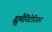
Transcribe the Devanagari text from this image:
ह्युमैनिटेरियन